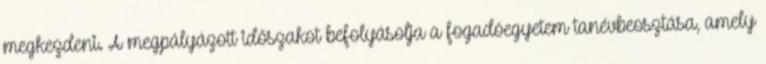
megkezdeni. A megpályázott időszakot befolyásolja a fogadóegyetem tanévbeosztása, amely